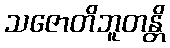
သဇောတိဘူတန္တိ